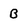
Character: B